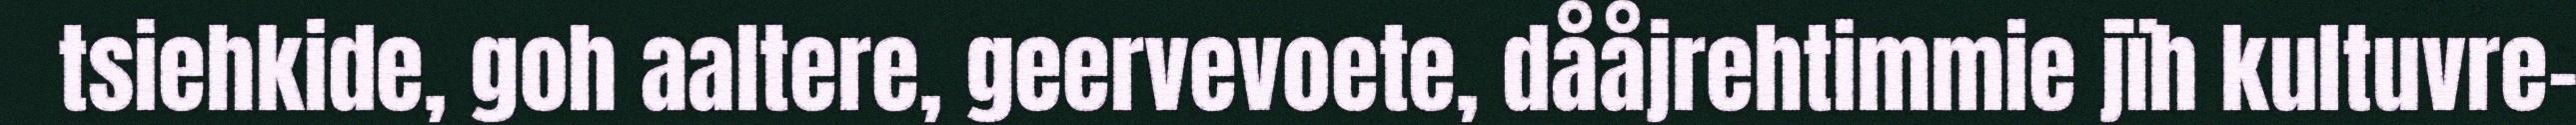
tsiehkide, goh aaltere, geervevoete, dååjrehtimmie jïh kultuvre-